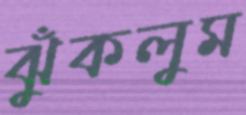
ঝুঁকলুম